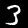
Label: 3